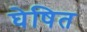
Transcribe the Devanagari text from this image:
घेषित